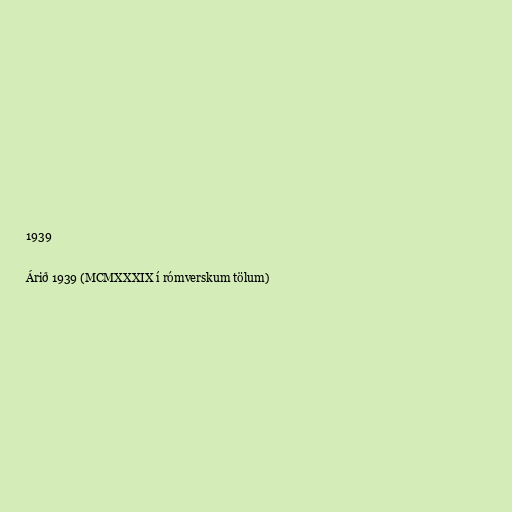
1939

Árið 1939 (MCMXXXIX í rómverskum tölum)